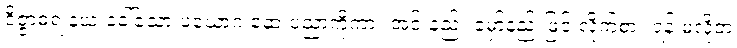
ဝိဇ္ဇာဓရ နယ ခေါ်သော ပယောဂ ဆေးပညာကိုကား အင်းနည်း မှော်နည်းဖြင့် လိုက်စား ရန် မလိုဘဲ